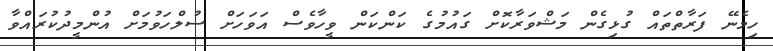
ހިމެނޭ ފަރާތްތައް ގުޅިގެން މަޝްވަރާކޮށް ގައުމުގެ ކަންކަން ވީހާވެސް އަވަހަށް ސުލްހަވުމަށް އުންމީދުކުރައްވާ